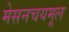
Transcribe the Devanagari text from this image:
मेसनचयमूल